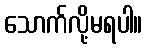
သောက်လို့မရပါ။